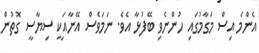
އެންމެ އިސް މަގާމުގައި ހުންނެވި ބޭފުޅާ އެވެ. ނަމަވެސް އޭނާއަކީ ސިޔާސީ ގޮތުން